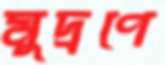
মুদ্রণে